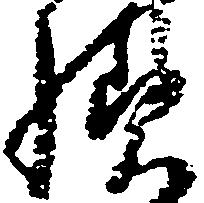
様